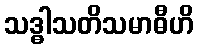
သဒ္ဓါသတိသမာဓီဟိ